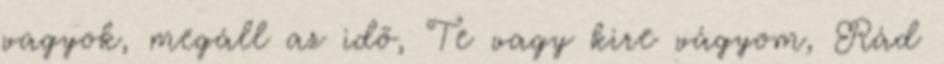
vagyok, megáll az idõ, Te vagy kire vágyom, Rád